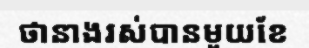
ថានាងរស់បានមួយខែ